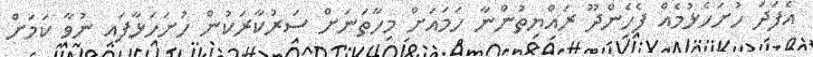
އެފަދަ ހުށަހެޅުމެއް ފެހެންދޫ ރައްޔިތުންނާ ހަމައަށް މިހާތަނަށް ސަރުކާރަކުން ހުށަހަޅާފައި ނުވާ ކަމަށް